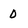
Character: 0